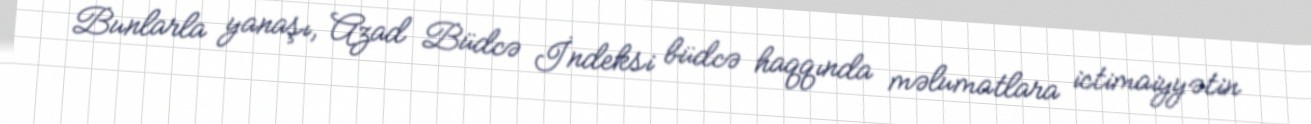
Bunlarla yanaşı, Azad Büdcə İndeksi büdcə haqqında məlumatlara ictimaiyyətin